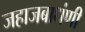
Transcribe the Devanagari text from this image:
जहाजबाधंणी